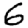
Digit: 6